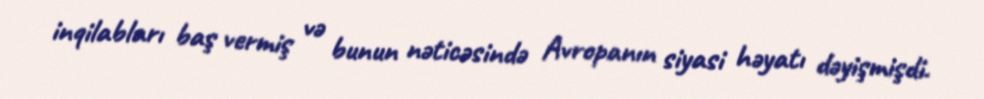
inqilabları baş vermiş və bunun nəticəsində Avropanın siyasi həyatı dəyişmişdi.